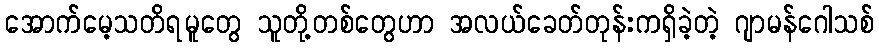
အောက်မေ့သတိရမူတွေ သူတို့တစ်တွေဟာ အလယ်ခေတ်တုန်းကရှိခဲ့တဲ့ ဂျာမန်ဂေါသစ်